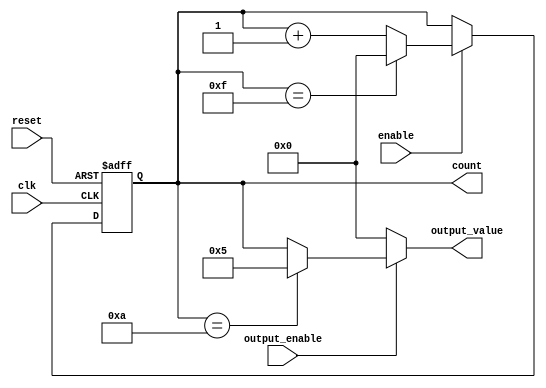
module synchronous_counter (
    input wire clk,          // Clock input
    input wire reset,        // Asynchronous reset input
    input wire enable,       // Enable input
    input wire output_enable, // Output enable signal
    output reg [3:0] count,  // 4-bit counter output
    output reg [3:0] output_value // Output value based on control logic
);

    // Maximum count value (15 for a 4-bit counter)
    localparam MAX_COUNT = 4'd15;

    // Always block for synchronous counting
    always @(posedge clk or posedge reset) begin
        if (reset) begin
            count <= 4'b0000; // Reset counter to 0
        end else if (enable) begin
            if (count == MAX_COUNT) begin
                count <= 4'b0000; // Wrap around to 0
            end else begin
                count <= count + 1; // Increment counter
            end
        end
    end

    // Always block for output control logic
    always @(*) begin
        if (output_enable) begin
            // Conditional output logic based on the current count value
            // Example: Output a specific value when count reaches 10
            if (count == 4'd10) begin
                output_value = 4'd5; // Output a specific value (5) when count is 10
            end else begin
                output_value = count; // Otherwise, output the current count
            end
        end else begin
            output_value = 4'b0000; // If output is disabled, output 0
        end
    end

endmodule